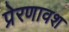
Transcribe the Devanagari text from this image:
प्रेरणावश